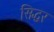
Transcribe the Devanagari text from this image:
सिद्धर